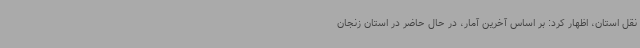
نقل استان، اظهار کرد: بر اساس آخرین آمار، در حال حاضر در استان زنجان